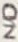
Text: N/O